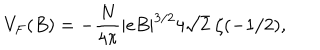
V _ { F } ( B ) = - \frac { N } { 4 \pi } | e B | ^ { 3 / 2 } 4 \sqrt { 2 } \; \zeta ( - 1 / 2 ) ,